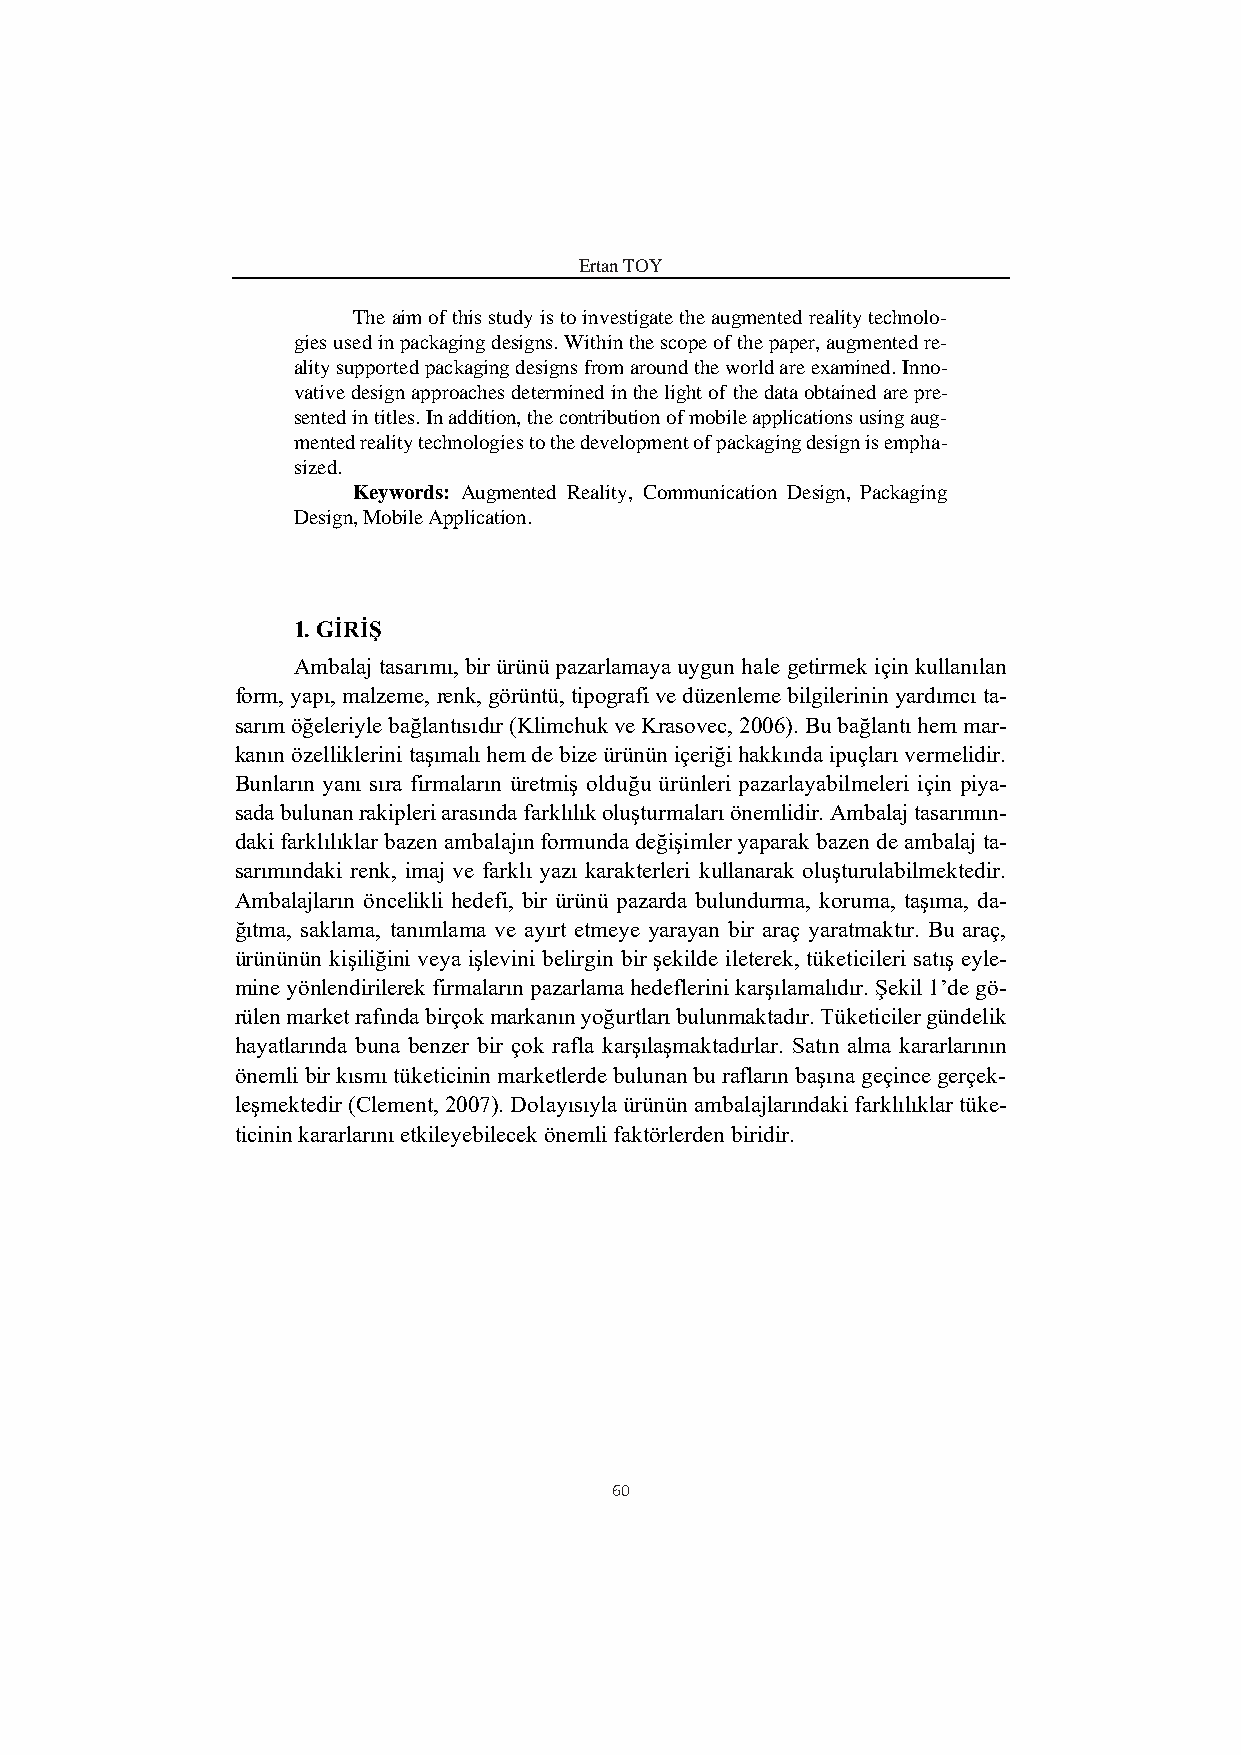
Ertan TOY
 The aim of this study is to investigate the augmented reality technolo-
 gies used in packaging designs. Within the scope of the paper, augmented re-
 ality supported packaging designs from around the world are examined. Inno-
 vative design approaches determined in the light of the data obtained are pre-
 sented in titles. In addition, the contribution of mobile applications using aug-
 mented reality technologies to the development of packaging design is empha-
 sized.
 Keywords: Augmented Reality, Communication Design, Packaging
 Design, Mobile Application.
 1. GİRİŞ
 Ambalaj tasarımı, bir ürünü pazarlamaya uygun hale getirmek için kullanılan
 form, yapı, malzeme, renk, görüntü, tipografi ve düzenleme bilgilerinin yardımcı ta-
 sarım öğeleriyle bağlantısıdır (Klimchuk ve Krasovec, 2006). Bu bağlantı hem mar-
 kanın özelliklerini taşımalı hem de bize ürünün içeriği hakkında ipuçları vermelidir.
 Bunların yanı sıra firmaların üretmiş olduğu ürünleri pazarlayabilmeleri için piya-
 sada bulunan rakipleri arasında farklılık oluşturmaları önemlidir. Ambalaj tasarımın-
 daki farklılıklar bazen ambalajın formunda değişimler yaparak bazen de ambalaj ta-
 sarımındaki renk, imaj ve farklı yazı karakterleri kullanarak oluşturulabilmektedir.
 Ambalajların öncelikli hedefi, bir ürünü pazarda bulundurma, koruma, taşıma, da-
 ğıtma, saklama, tanımlama ve ayırt etmeye yarayan bir araç yaratmaktır. Bu araç,
 ürününün kişiliğini veya işlevini belirgin bir şekilde ileterek, tüketicileri satış eyle-
 mine yönlendirilerek firmaların pazarlama hedeflerini karşılamalıdır. Şekil 1’de gö-
 rülen market rafında birçok markanın yoğurtları bulunmaktadır. Tüketiciler gündelik
 hayatlarında buna benzer bir çok rafla karşılaşmaktadırlar. Satın alma kararlarının
 önemli bir kısmı tüketicinin marketlerde bulunan bu rafların başına geçince gerçek-
 leşmektedir (Clement, 2007). Dolayısıyla ürünün ambalajlarındaki farklılıklar tüke-
 ticinin kararlarını etkileyebilecek önemli faktörlerden biridir.
 60